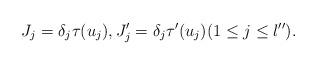
LaTeX: \begin{align*}J_j=\delta_j\tau(u_j), J_j'=\delta_j\tau'(u_j) (1\leq j\leq l'').\end{align*}